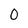
Character: 0